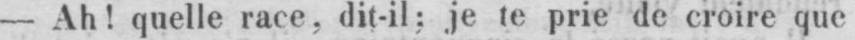
- Ah! quelle race, dit-il; je te prie de croire que